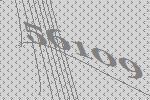
56109